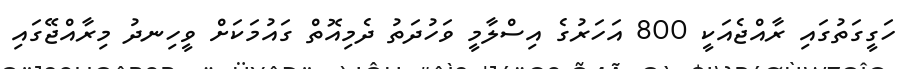
ހަގީގަތުގައި ރާއްޖެއަކީ 800 އަހަރުގެ އިސްލާމީ ވަހުދަތު ދެމިއޮތް ގައުމަކަށް ވީހިނދު މިރާއްޖޭގައި